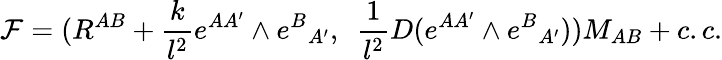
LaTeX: {\cal F}=(R^{AB}+{\frac{k}{l^{2}}}e^{AA^{\prime}}\wedge e^{B}{}_{A^{\prime}},~~{\frac{1}{l^{2}}}D(e^{AA^{\prime}}\wedge e^{B}{}_{A^{\prime}}))M_{AB}+c.c.